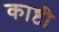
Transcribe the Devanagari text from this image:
काष्टी